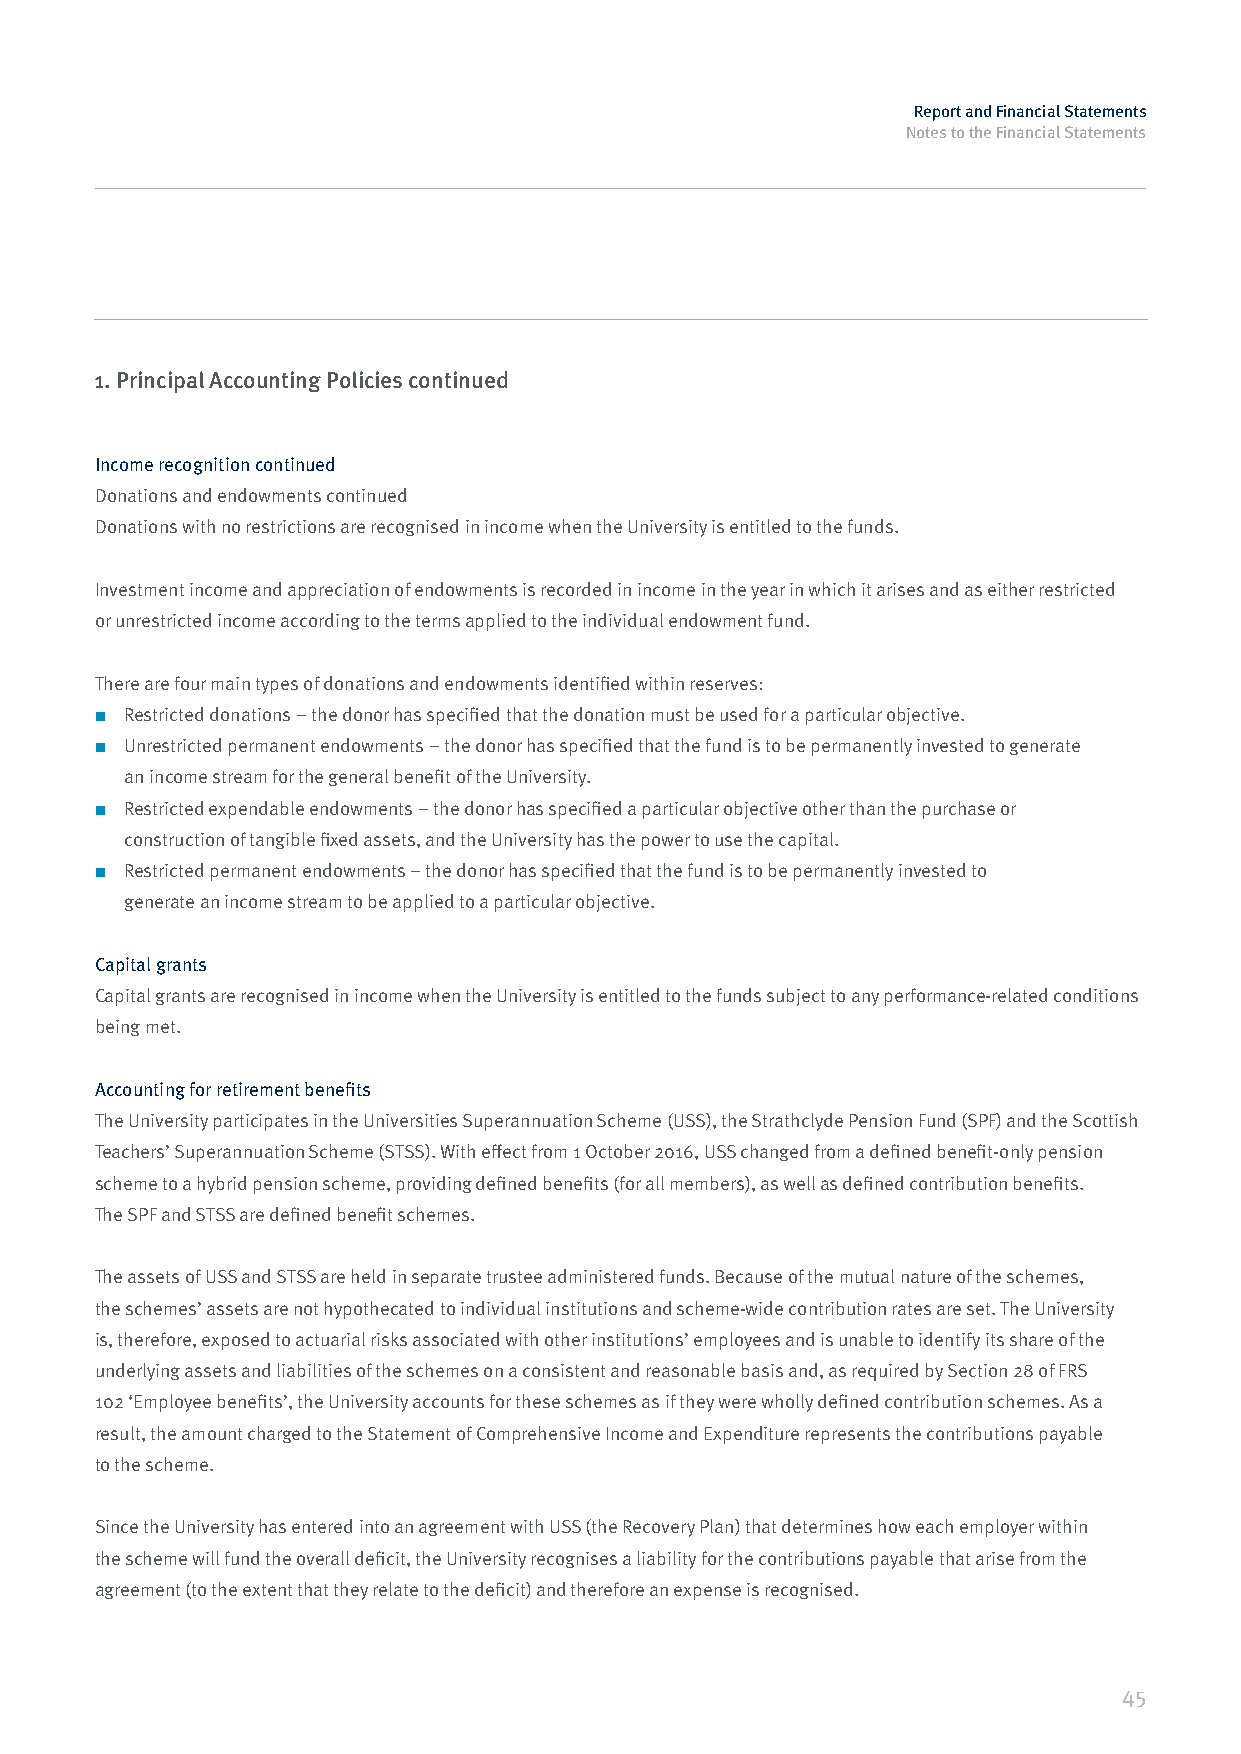
Report and Financial Statements
 Notes to the Financial Statements
 1. Principal Accounting Policies continued
 Income recognition continued
 Donations and endowments continued
 Donations with no restrictions are recognised in income when the University is entitled to the funds.
 Investment income and appreciation of endowments is recorded in income in the year in which it arises and as either restricted
 or unrestricted income according to the terms applied to the individual endowment fund.
 There are four main types of donations and endowments identified within reserves:
 ■ Restricted donations – the donor has specified that the donation must be used for a particular objective.
 ■ Unrestricted permanent endowments – the donor has specified that the fund is to be permanently invested to generate
 an income stream for the general benefit of the University.
 ■ Restricted expendable endowments – the donor has specified a particular objective other than the purchase or
 construction of tangible fixed assets, and the University has the power to use the capital.
 ■ Restricted permanent endowments – the donor has specified that the fund is to be permanently invested to
 generate an income stream to be applied to a particular objective.
 Capital grants
 Capital grants are recognised in income when the University is entitled to the funds subject to any performance-related conditions
 being met.
 Accounting for retirement benefits
 The University participates in the Universities Superannuation Scheme (USS), the Strathclyde Pension Fund (SPF) and the Scottish
 Teachers’ Superannuation Scheme (STSS). With effect from 1 October 2016, USS changed from a defined benefit-only pension
 scheme to a hybrid pension scheme, providing defined benefits (for all members), as well as defined contribution benefits.
 The SPF and STSS are defined benefit schemes.
 The assets of USS and STSS are held in separate trustee administered funds. Because of the mutual nature of the schemes,
 the schemes’ assets are not hypothecated to individual institutions and scheme-wide contribution rates are set. The University
 is, therefore, exposed to actuarial risks associated with other institutions’ employees and is unable to identify its share of the
 underlying assets and liabilities of the schemes on a consistent and reasonable basis and, as required by Section 28 of FRS
 102 ‘Employee benefits’, the University accounts for these schemes as if they were wholly defined contribution schemes. As a
 result, the amount charged to the Statement of Comprehensive Income and Expenditure represents the contributions payable
 to the scheme.
 Since the University has entered into an agreement with USS (the Recovery Plan) that determines how each employer within
 the scheme will fund the overall deficit, the University recognises a liability for the contributions payable that arise from the
 agreement (to the extent that they relate to the deficit) and therefore an expense is recognised.
 45  31